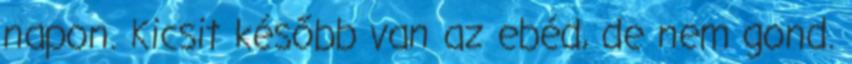
napon. Kicsit később van az ebéd, de nem gond.